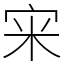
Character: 宩